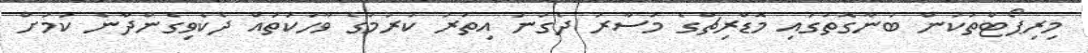
މިރިޕޯޓްތަކުން ބުނާގޮތުގައި މޮޑްރިޗްގެ މުސާރަ ދެގުނަ އިތުރު ކުރުމުގެ ވާހަކަތައް ދެކެވިގެންދާނެ ކަމަށް